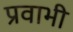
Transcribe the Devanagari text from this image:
प्रवाभी